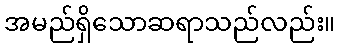
အမည်ရှိသောဆရာသည်လည်း။